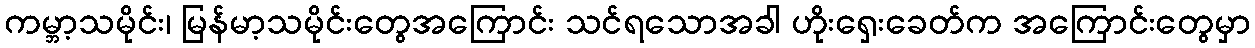
ကမ္ဘာ့သမိုင်း၊ မြန်မာ့သမိုင်းတွေအကြောင်း သင်ရသောအခါ ဟိုးရှေးခေတ်က အကြောင်းတွေမှာ